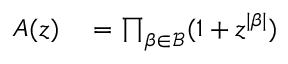
\begin{array} { r l } { A ( z ) } & { { } { } = \prod _ { \beta \in { \mathcal { B } } } ( 1 + z ^ { | \beta | } ) } \end{array}